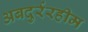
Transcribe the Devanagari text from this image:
अबदुर्ररहीम